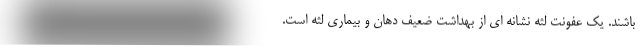
باشند. یک عفونت لثه نشانه ای از بهداشت ضعیف دهان و بیماری لثه است.